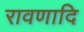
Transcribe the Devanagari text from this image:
रावणादि